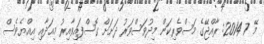
މޭ 7 2014: ރާއްޖޭގެ މަސްވެރިކަން މިދުވަސްވަރު ދަށަށް ގޮސްފައިވާއިރު މިއަދާއި އިއްޔެވެސް